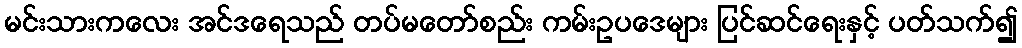
မင်းသားကလေး အင်ဒရေသည် တပ်မတော်စည်း ကမ်းဥပဒေများ ပြင်ဆင်ရေးနှင့် ပတ်သက်၍